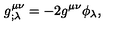
g _ { ; \lambda } ^ { \mu \nu } = - 2 g ^ { \mu \nu } \phi _ { \lambda } ,